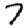
Digit: 7